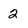
Character: 2